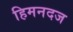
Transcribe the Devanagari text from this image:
हिमनदज